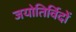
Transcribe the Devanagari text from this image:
जयोतिर्विदों